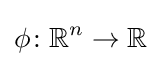
\phi \!:\mathbb {R} ^{n}\to \mathbb {R}